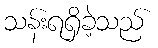
သန်းရရှိခဲ့သည်